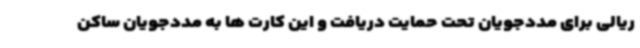
ریالی برای مددجویان تحت حمایت دریافت و این کارت ها به مددجویان ساکن